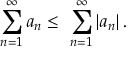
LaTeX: \sum _ { n = 1 } ^ { \infty } a _ { n } \leq \ \sum _ { n = 1 } ^ { \infty } \left| a _ { n } \right\vert .